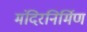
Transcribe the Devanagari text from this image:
मंदिरनिर्मिण